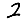
Digit: 2